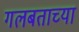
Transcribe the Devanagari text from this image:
गलबताच्या